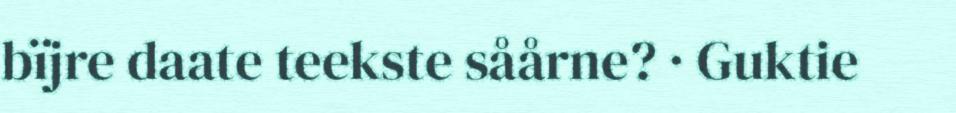
bïjre daate teekste såårne? · Guktie